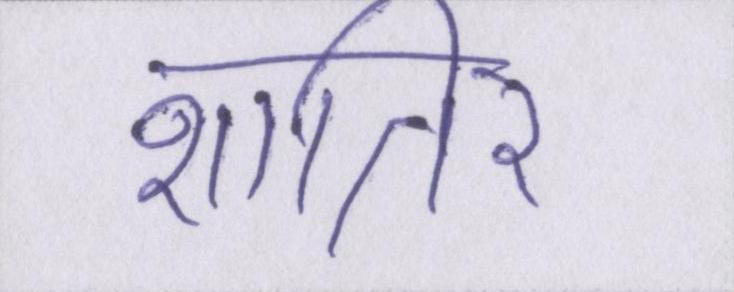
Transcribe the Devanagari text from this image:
शातिर